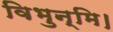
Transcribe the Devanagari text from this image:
विभुन्मि।